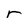
Character: r